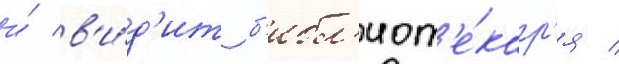
и́ в'и́д'ит б'ибл'иот'е́кар'я /